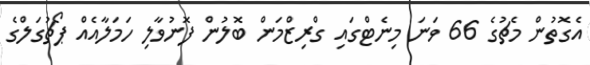
އެގޮތުން މެޗުގެ 66 ވަނަ މިނެޓްގައި ގްރިޒްމަން ބޮލުން ފޮނުވާލި ހަމަލާއެއް ޕޯޗުގަލްގެ